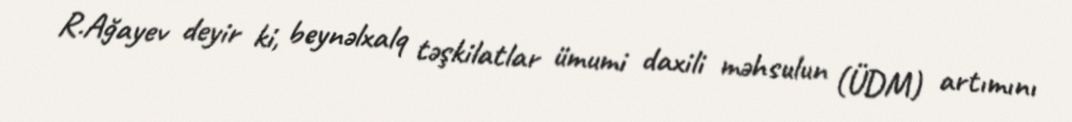
R.Ağayev deyir ki, beynəlxalq təşkilatlar ümumi daxili məhsulun (ÜDM) artımını